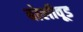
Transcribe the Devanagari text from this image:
बोलीवूड